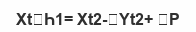
XtҺ1= Xt2-Yt2+ P